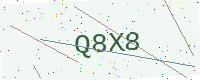
Text: Q8X8